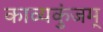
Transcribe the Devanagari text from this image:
काव्यकुंजम्